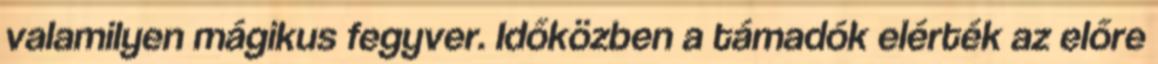
valamilyen mágikus fegyver. Időközben a támadók elérték az előre